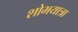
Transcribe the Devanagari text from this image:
शोभयात्रा